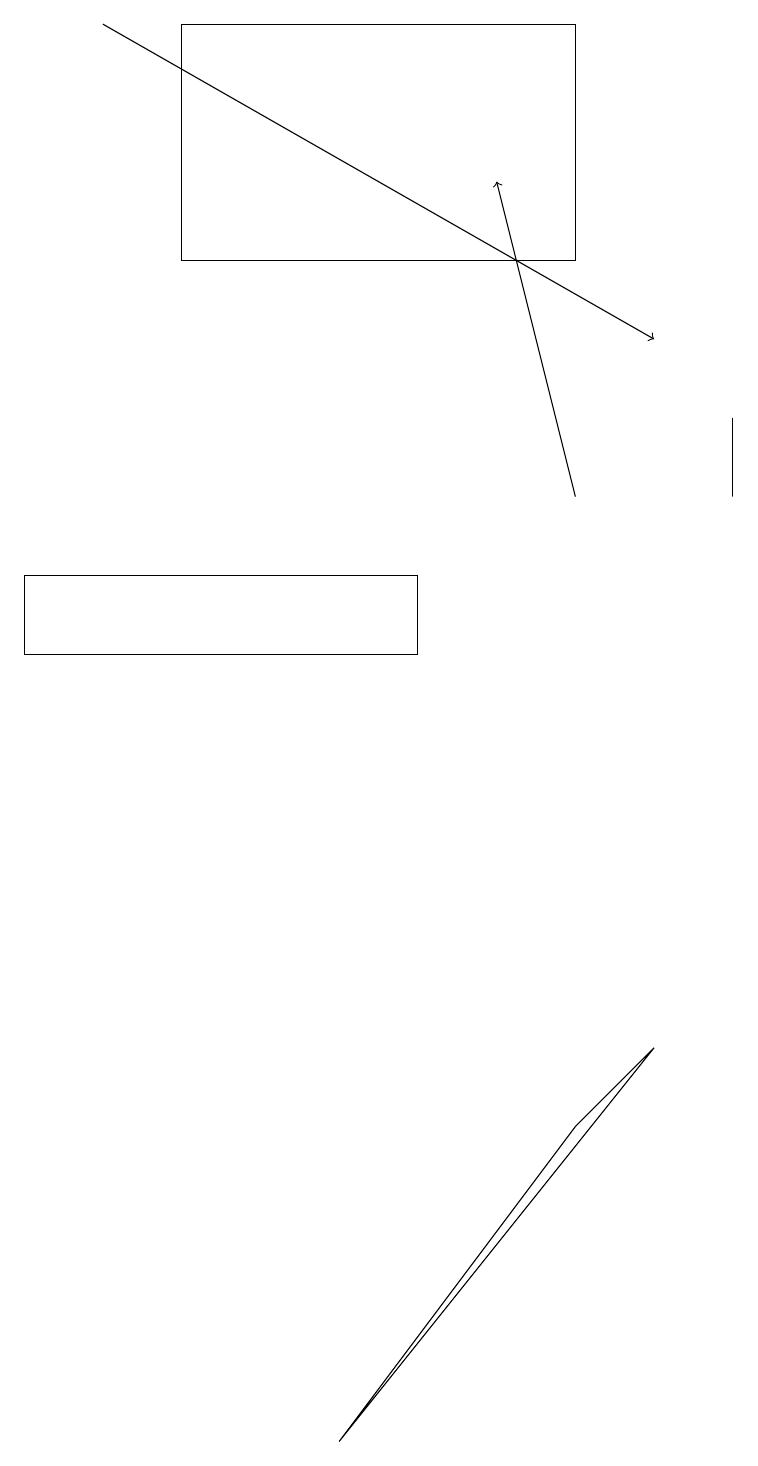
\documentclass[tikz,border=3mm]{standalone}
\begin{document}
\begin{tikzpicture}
\draw (5,12) rectangle (0,11);
\draw (9,14) rectangle (9,13);
\draw[->] (1,19) -- (8,15);
\draw (7,5) -- (8,6) -- (4,1) -- cycle;
\draw (2,16) rectangle (7,19);
\draw[->] (7,13) -- (6,17);
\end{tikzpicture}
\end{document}